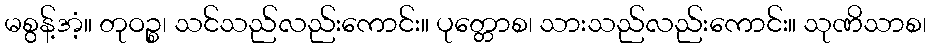
မစွန့်အံ့။ တုဝဉ္စ၊ သင်သည်လည်းကောင်း။ ပုတ္တောစ၊ သားသည်လည်းကောင်း။ သုဏိသာစ၊